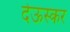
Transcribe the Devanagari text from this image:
देऊस्कर